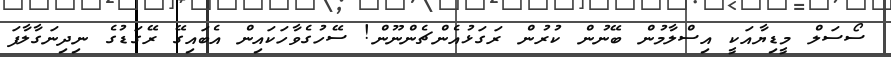
ސޯސަލް މީޑިޔާއަކީ އިސްލާމުން ބޭނުން ކުރުން ރަގަޅުއެންޗެންނޫން! ސޭހުގެވާހަކައިން އެބައިގޭ ރޭގަޑުގެ ނިދިނަގާލާފަ